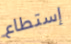
إستطاع